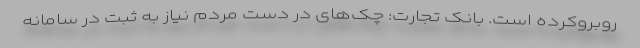
روبروکرده است. بانک تجارت: چک‌های در دست مردم نیاز به ثبت در سامانه